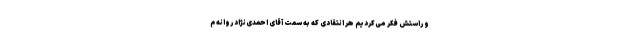
و راستش فکر می‌کردیم هر انتقادی که به سمت آقای احمدی‌نژاد روانه م